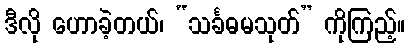
ဒီလို ဟောခဲ့တယ်၊ “သင်္ခဓမသုတ်” ကိုကြည့်။